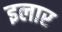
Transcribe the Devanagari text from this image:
इलार